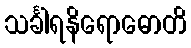
သင်္ခါရနိရောဓောတိ